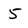
Character: 5